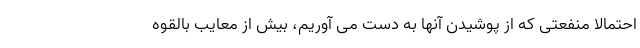
احتمالا منفعتی که از پوشیدن آنها به دست می آوریم، بیش از معایب بالقوه